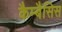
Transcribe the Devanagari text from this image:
कैम्बैसिस